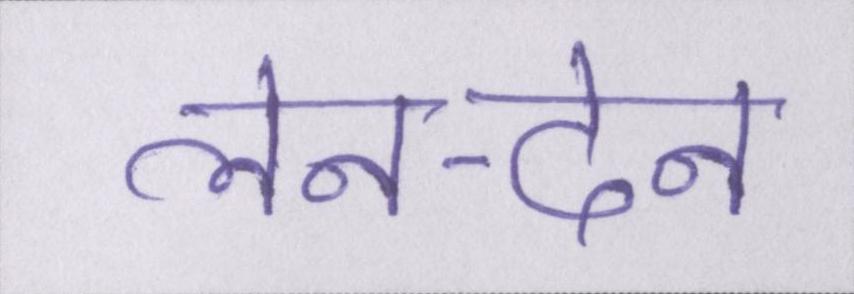
लेन-देन